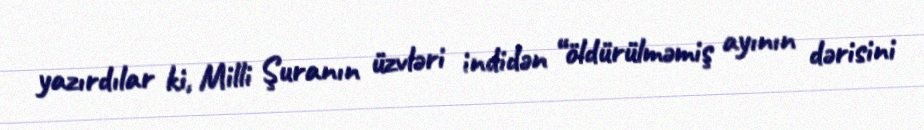
yazırdılar ki, Milli Şuranın üzvləri indidən “öldürülməmiş ayının dərisini